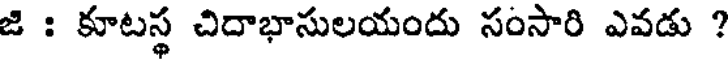
జి : కూటస్థ చిదాభాసులయందు సంసారి ఎవడు ?